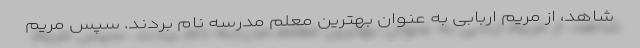
شاهد، از مریم اربابی به عنوان بهترین معلم مدرسه نام بردند. سپس مریم